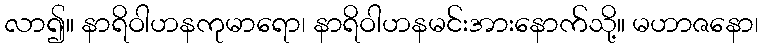
လာ၍။ နာရိဝါဟနကုမာရော၊ နာရိဝါဟနမင်းအားနောက်သို့။ မဟာဇနော၊